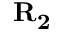
\mathbf { R _ { 2 } }